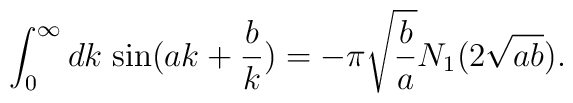
\int_0^{\infty}dk\;{\rm sin}(ak+\frac{b}{k})=-{\pi}\sqrt{\frac{b}{a}}N_1(2\sqrt{ab}).